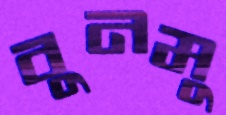
বুনমু